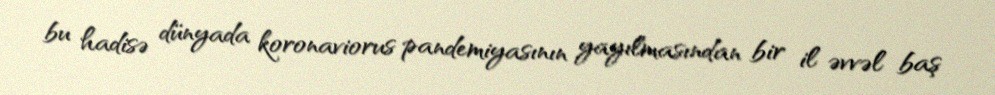
bu hadisə dünyada koronaviorus pandemiyasının yayılmasından bir il əvvəl baş